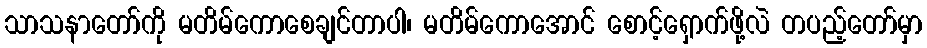
သာသနာတော်ကို မတိမ်ကောစေချင်တာပါ၊ မတိမ်ကောအောင် စောင့်ရှောက်ဖို့လဲ တပည့်တော်မှာ